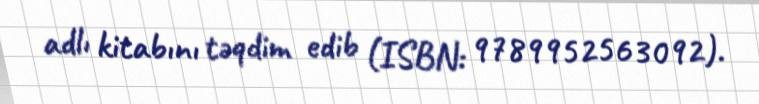
adlı kitabını təqdim edib (ISBN: 9789952563092).